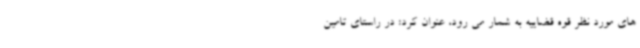
های مورد نظر قوه قضاییه به شمار می رود، عنوان کرد: در راستای تامین